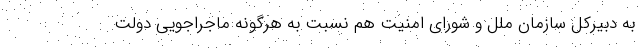
به دبیرکل سازمان ملل و شورای امنیت هم نسبت به هرگونه ماجراجویی دولت